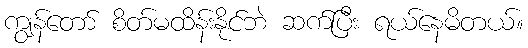
ကျွန်တော် စိတ်မထိန်းနိုင်ဘဲ ဆက်ပြီး ရယ်နေမိတယ်။